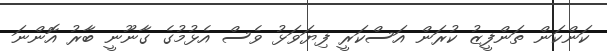
ކަންކަން ތަންފީޒު ކުރަން އަސްކަރީ ފިޔަވަޅު ވެސް އެޅުމުގެ ގާނޫނީ ބާރު އޮންނަ